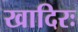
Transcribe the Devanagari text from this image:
खादिरः